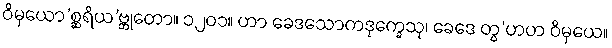
ဝိမှယော’စ္ဆရိယ’ဗ္ဘုတော။ ၁၂၀၁။ ဟာ ခေဒသောကဒုက္ခေသု၊ ခေဒေ တွ’ဟဟ ဝိမှယေ။